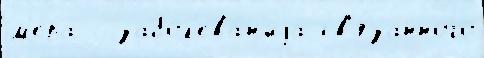
м'е́ра - забол'ева́н'иjа св'я́занного